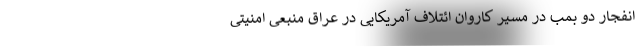
انفجار دو بمب در مسیر کاروان ائتلاف آمریکایی در عراق منبعی امنیتی